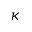
\kappa